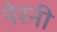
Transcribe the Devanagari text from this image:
पेरनी